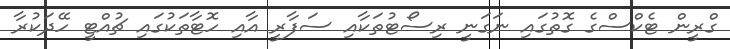
ގްރީން ޓެކްސްގެ ގޮތުގައި ނަގަނީ ރިސޯޓުތަކާއި ސަފާރީ އާއި ހޮޓާތަކުގައި ޗުއްޓީ ހޭދަކުރާ